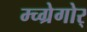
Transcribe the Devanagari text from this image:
म्च्ग्रेगोर्